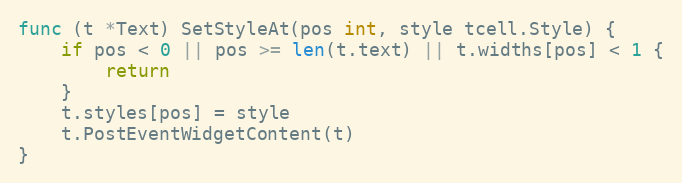
Language: Go
func (t *Text) SetStyleAt(pos int, style tcell.Style) {
	if pos < 0 || pos >= len(t.text) || t.widths[pos] < 1 {
		return
	}
	t.styles[pos] = style
	t.PostEventWidgetContent(t)
}